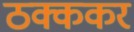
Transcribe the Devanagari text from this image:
ठक्ककर